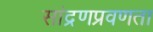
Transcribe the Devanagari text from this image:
सांद्रणप्रवणता